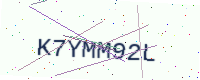
Text: K7YMM92L